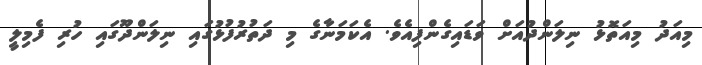
މިއަދު މިއަތޮޅު ނިލަންދުއަށް ވަޑައިގެންފިއެވެ. އެކަމަނާގެ މި ދަތުރުފުޅުގައި ނިލަންދޫގައި ހުރި ފެމިލީ